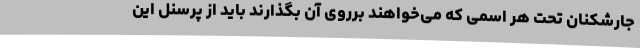
جارشکنان تحت هر اسمی که می‌خواهند برروی آن بگذارند باید از پرسنل این